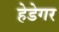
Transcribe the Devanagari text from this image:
हेडेगर